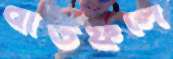
বাউফলে